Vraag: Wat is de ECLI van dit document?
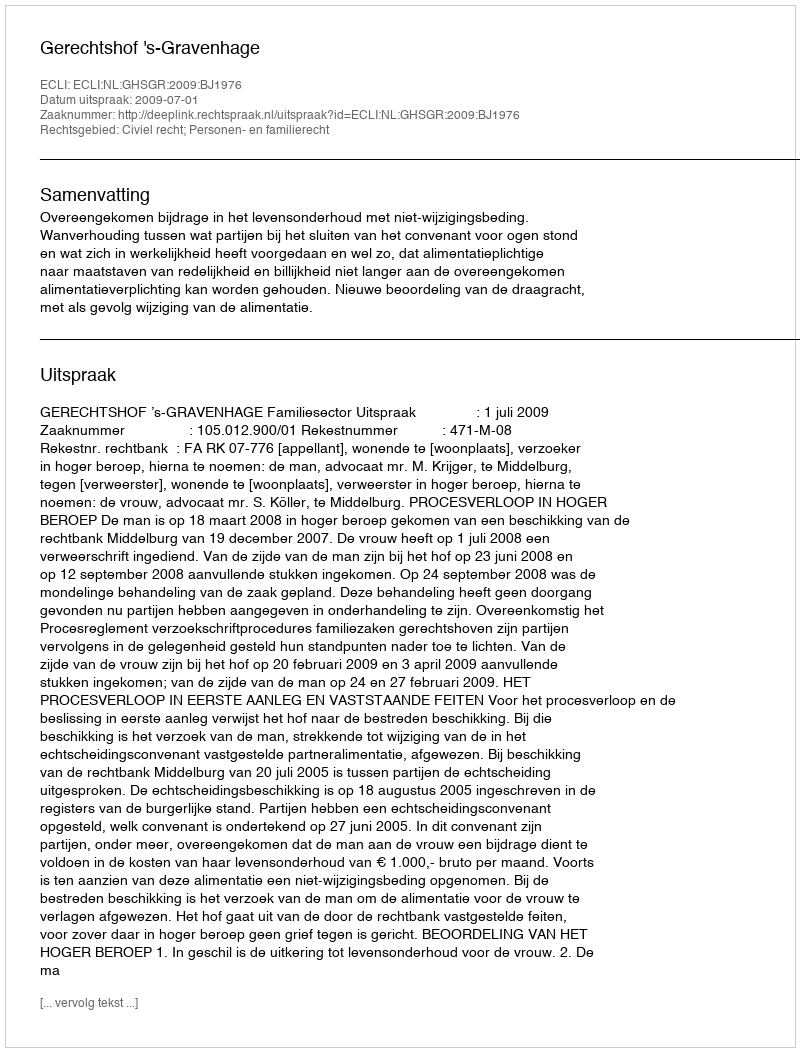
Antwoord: ECLI:NL:GHSGR:2009:BJ1976